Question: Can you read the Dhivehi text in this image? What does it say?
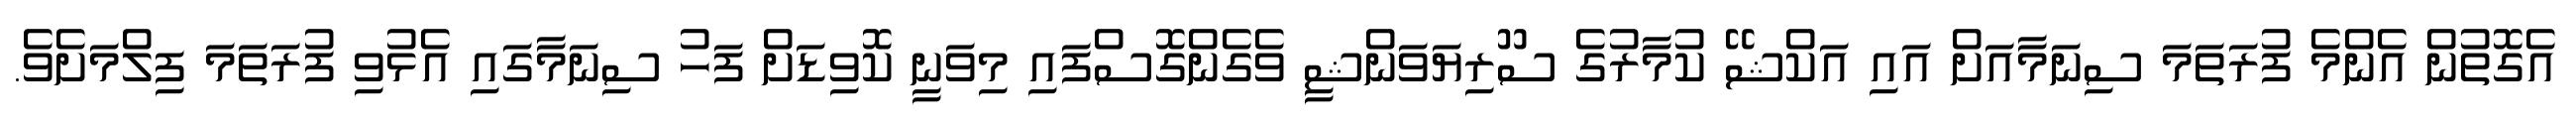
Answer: އެގޮތުން އެންމެ ފުރަތަމަ ސިނަމާއަށް އައި އަކްޝޭ ކުމާރުގެ ސޫރިޔަވަންޝީ ވެގެންގޮސްފައި މިވަނީ ކޮވިޑަށް ފަހު ސިނަމާގައި އެޅުވި ފުރަތަމަ ފިލްމަށެވެ.